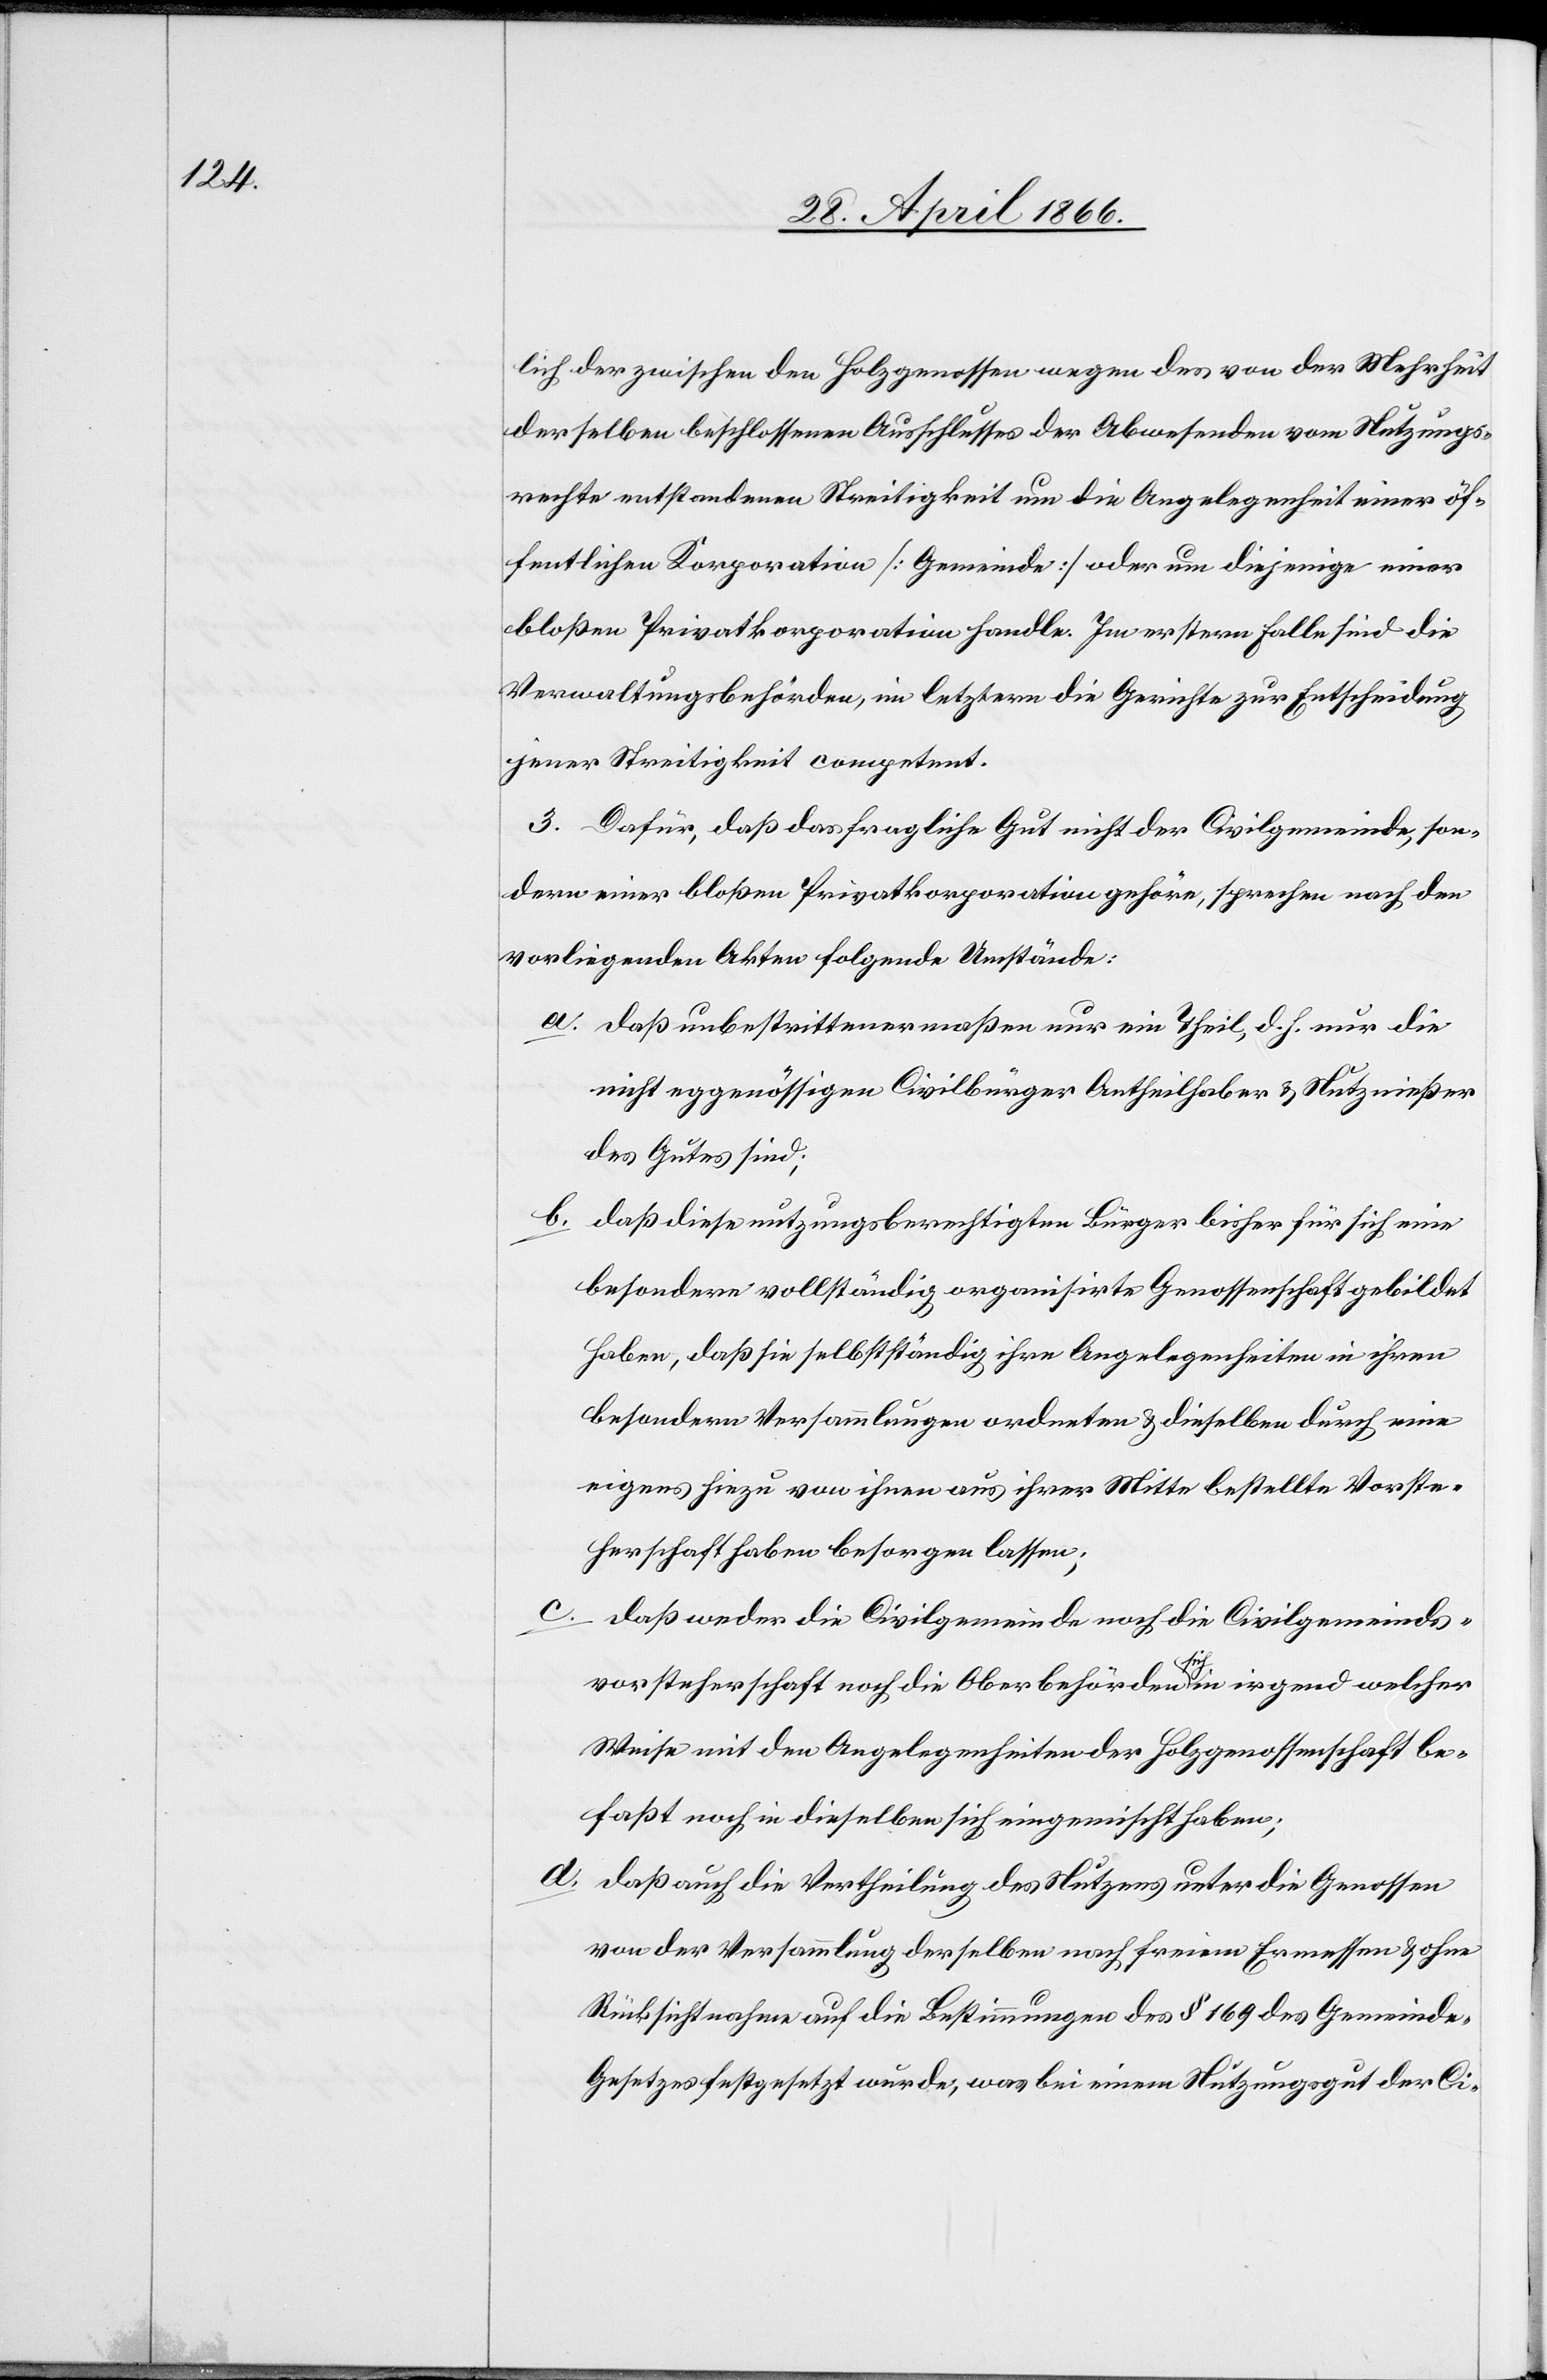
lich der zwischen den Holzgenossen wegen des von der Mehrheit
derselben beschlossenen Ausschlusses der Abwesenden vom Nutzungs¬
rechte entstandenen Streitigkeit um die Angelegenheit einer öf¬
fentlichen Korporation [Gemeinde] oder um diejenige einer
bloßen Privatkorporation handle. Im erstern Falle sind die
Verwaltungsbehörden, im letztern die Gerichte zur Entscheidung
jener Streitigkeit competent.
3. Dafür, daß das fragliche Gut nicht der Civilgemeinde, son¬
dern einer bloßen Privatkorporation gehöre, sprechen nach den
vorliegenden Akten folgende Umstände:
a. daß unbestrittenermaßen nur ein Theil, d. h. nur die
nicht eggenössigen Civilbürger Antheilhaber u. Nutznießer
des Gutes sind;
b. daß diese nutzungsberechtigen Bürger bisher für sich eine
besondere vollständig organisirte Genossenschaft gebildet
haben, daß sie selbstständig ihre Angelegenheiten in ihren
besonderen Versammlungen ordneten u. dieselben durch eine
eigens hiezu von ihnen aus ihrer Mitte bestellte Vorste¬
herschaft haben besorgen lassen;
c.
daß weder die Civilgemeinde noch die Civilgemeinds¬
vorsteherschaft noch die Oberbehörden sich in irgend welcher
Weise mit den Angelegenheiten der Holzgenossenschaft be¬
faßt noch in dieselben sich eingemischt haben;
d. daß auch die Vertheilung des Nutzens unter die Genossen
von der Versammlung derselben nach freiem Ermessen u. ohne
Rücksichtnahme auf die Bestimmungen des § 169 des Gemeind-G¬
esetzes festgesetzt wurde, was bei einem Nutzungsgut der Ci-